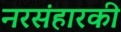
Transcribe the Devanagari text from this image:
नरसंहारकी